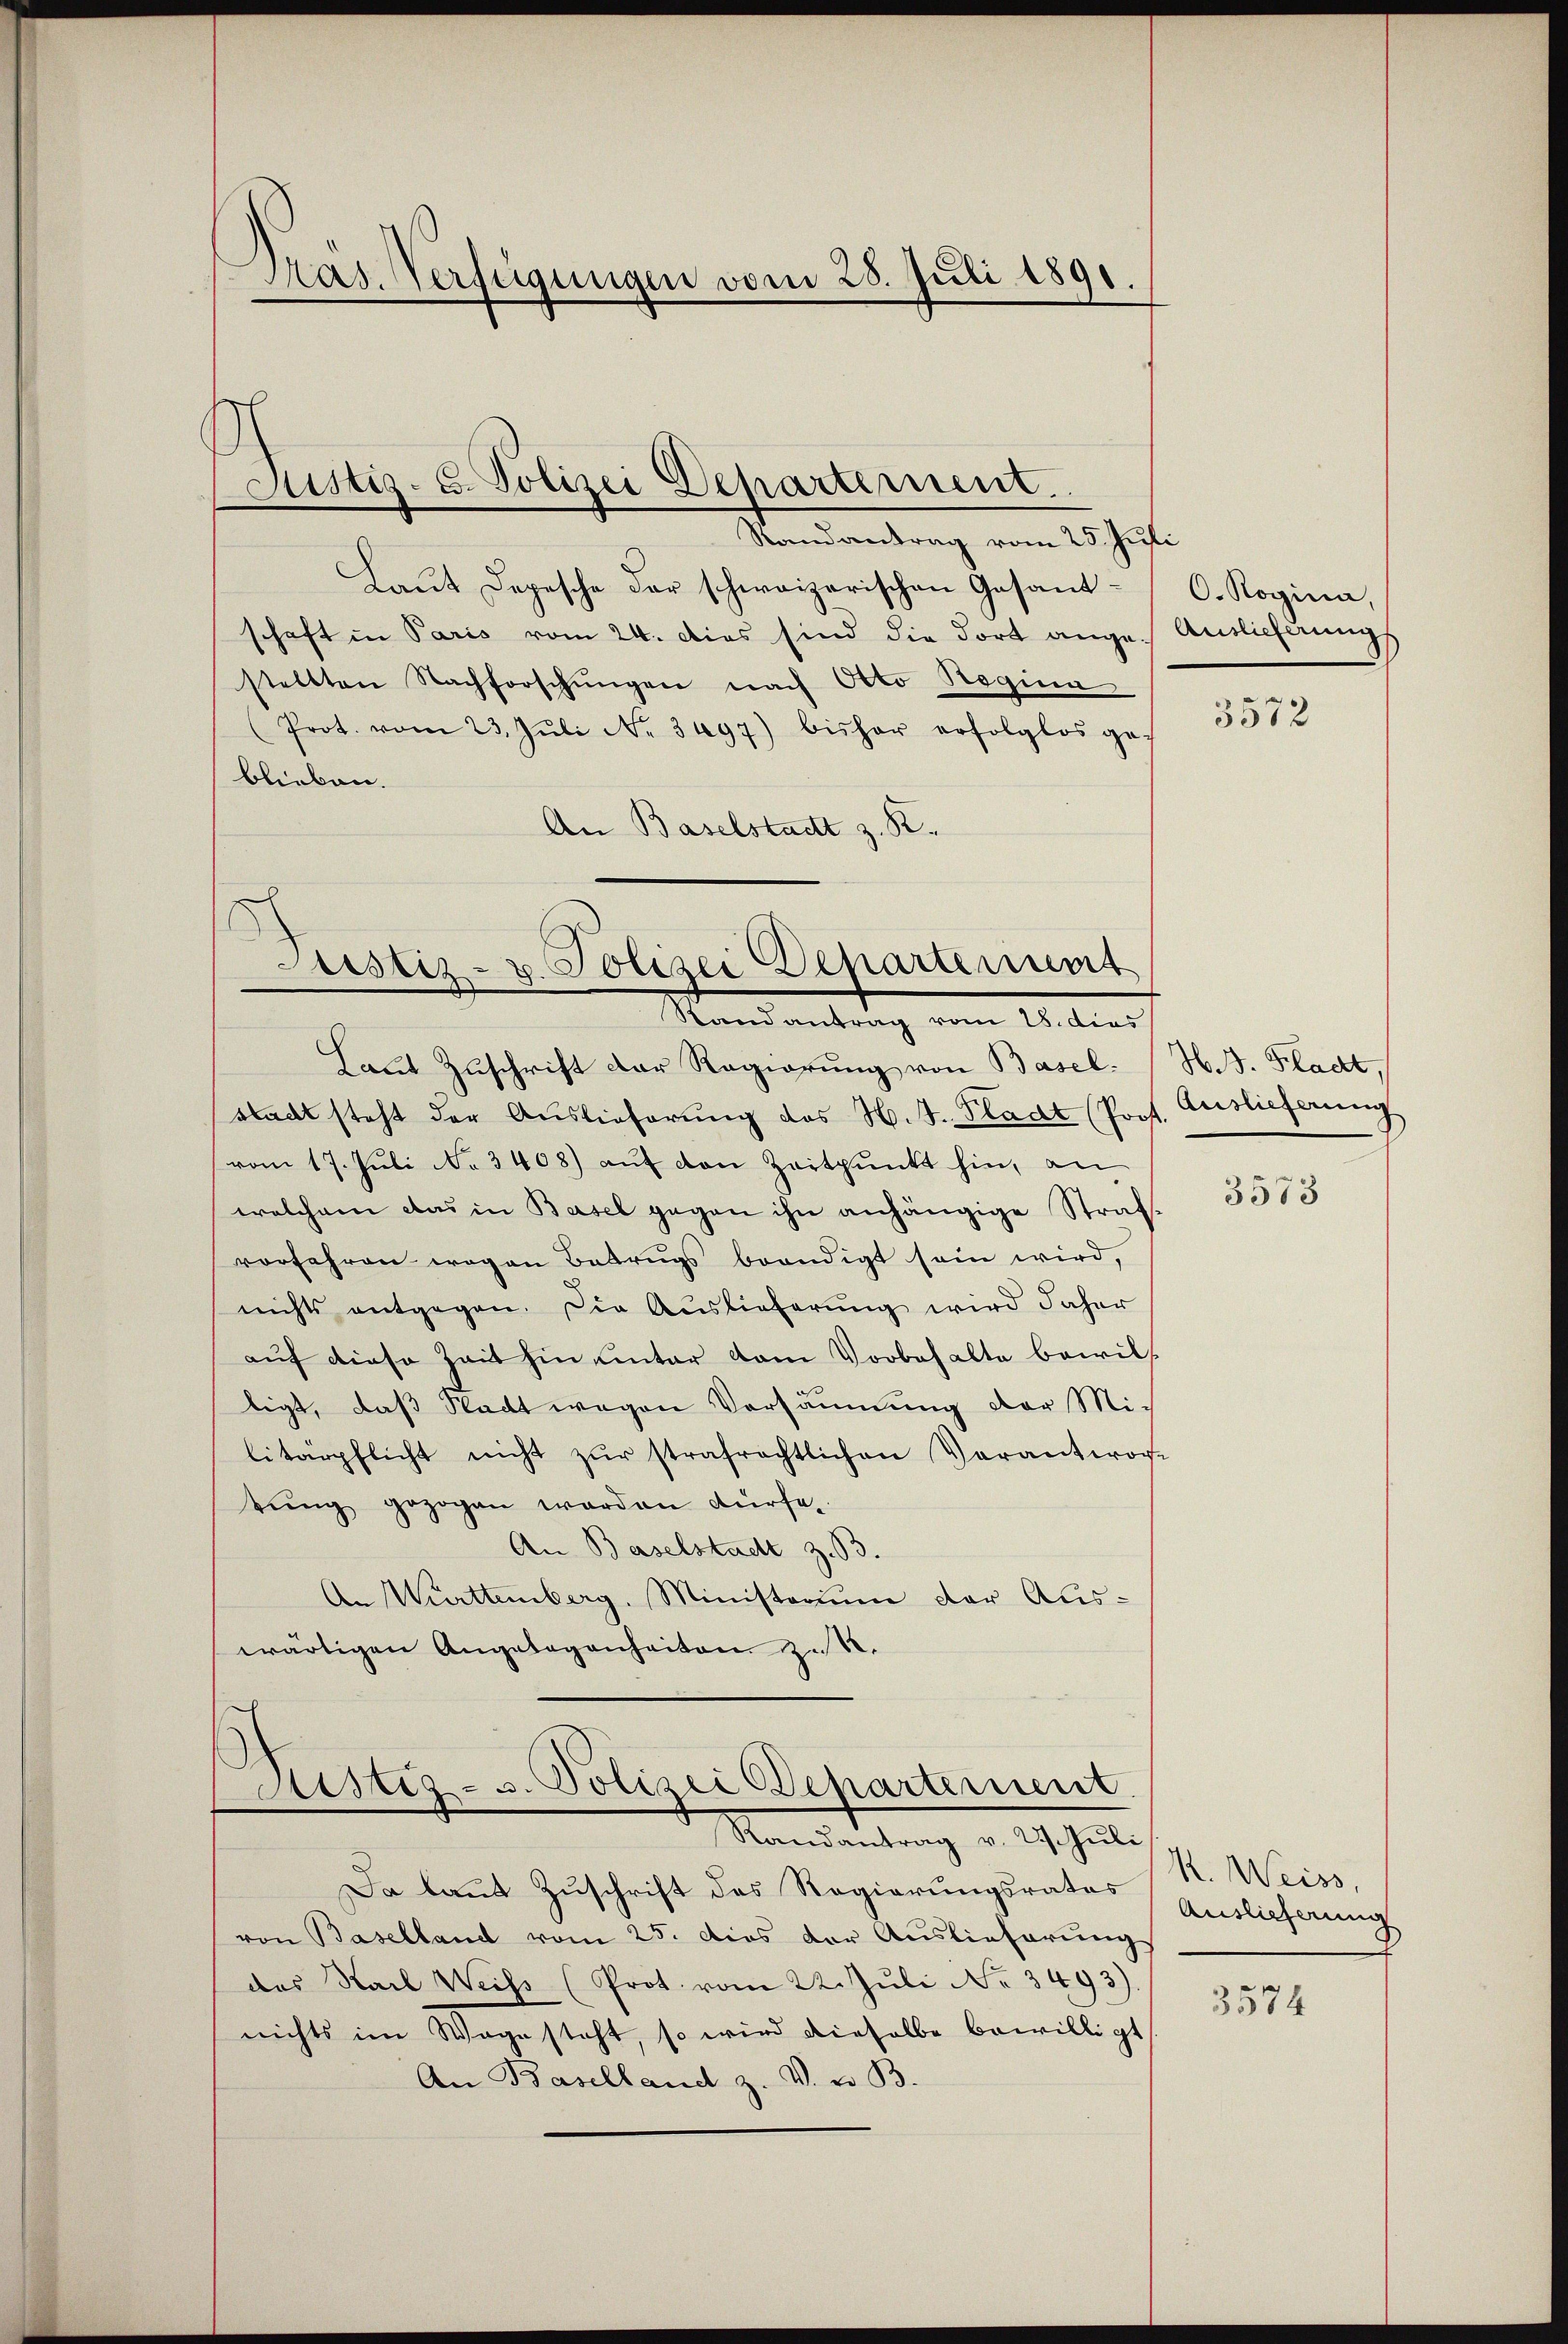
Pas. Verfügungen vom 28. Juli 1891

Justiz-C. Polizei Departement.

Randantrag vom 25. Juli
Laut Depesche der schweizerischen Gesandschaft in Paris vom 24. dies sind die dort anges Auslieferungs
stellten Nachforschungen nach Otto Reginn
(Prot. vom 23. Jŭli No. 3497) bisher erfolglos ge-
blieben.
An Baselstadt z. R.

Randantrag vom 15. dies
Laut Zuschrift der Regierung von Basel. (H. J. Fladt,
stadt steht der Auslieferŭng des H. J. Pladt (Prof. Auslieferung
vom 17. Juli No 3408) auf den Zeitpunkt hin, an
welchem das in Basel gegen ihn anhängige Sträf
vorfahren wegen Betrugs beendigt sein wird,
nichts entgegen. Die Auslieferung wird daher
auf diese Zeit hin unter vom Vorbehalte bewil
tigt, daß Stadt wegen Versäumung der Mic
litärpflicht nicht zŭr strafrechtlichen Verantwort
tŭng gezogen worden dürfe.
An Baselstadt z. B.
An Württemberg, Ministerium der Aus-
wärtigen Angelegenheiten zu.

Justiz- u. Polizei Departement

Sistiz- u. Polizei Departement.
Randantrag v. 21. Jŭli

O. Rogina,

Da laut Zuschrift des Regierungsrates (R. Weiss,
von Baselland vom 25. dies der Auslieferungs
das Harl Weiss (Prot. vom 22. Juli No 3493)
nichts im Wage steht, so wird dieselbe bewilligt
An Baselland z. V. v. B.

3572

3573

Auslieferung

3574